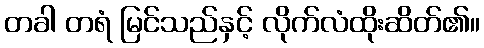
တခါ တရံ မြင်သည်နှင့် လိုက်လံထိုးဆိတ်၏။